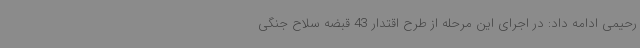
رحیمی ادامه داد: در اجرای این مرحله از طرح اقتدار 43 قبضه سلاح جنگی